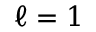
\ell = 1